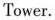
Tower.